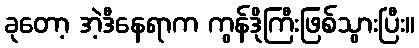
ခုတော့ အဲ့ဒီနေရာက ကွန်ဒိုကြီးဖြစ်သွားပြီး။